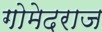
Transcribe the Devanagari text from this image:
गोमेदराज